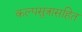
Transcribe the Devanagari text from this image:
कल्पसुत्रासहित